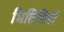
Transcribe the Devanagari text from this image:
भितिचित्रों